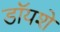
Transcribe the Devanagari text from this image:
डॉयशे